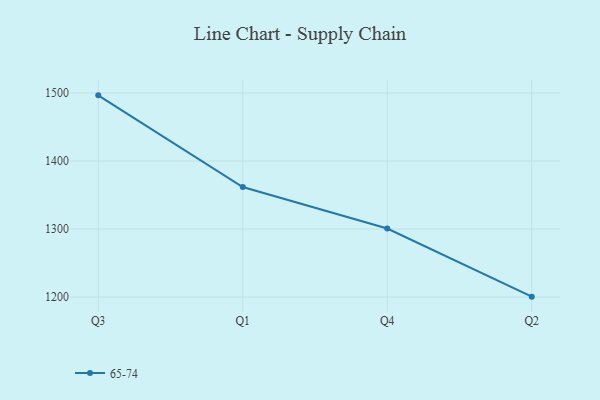
{"axis": {"x": "Quarter", "y": "Waste Production (Tons)"}, "legend": ["65-74"], "data": [{"x": "Q3", "y": 1496.5, "type": "65-74"}, {"x": "Q1", "y": 1361.7, "type": "65-74"}, {"x": "Q4", "y": 1300.8, "type": "65-74"}, {"x": "Q2", "y": 1200.6, "type": "65-74"}]}